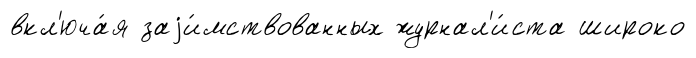
вкл'юча́я заjи́мствованных журнал'и́ста широко